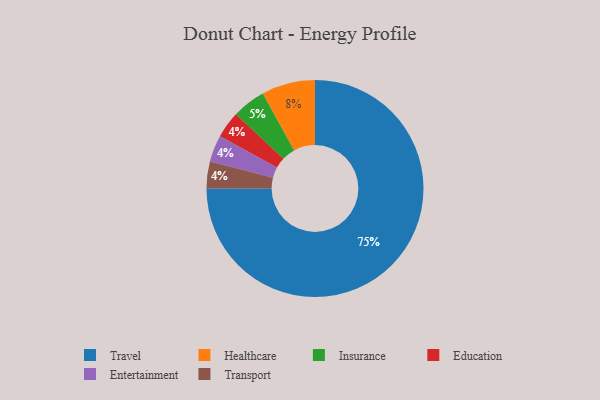
{"axis": {"x": "Category", "y": "Percentage"}, "legend": ["Education", "Entertainment", "Healthcare", "Insurance", "Transport", "Travel"], "data": [{"x": "Education", "y": 4, "type": "Education"}, {"x": "Healthcare", "y": 8, "type": "Healthcare"}, {"x": "Travel", "y": 75, "type": "Travel"}, {"x": "Entertainment", "y": 4, "type": "Entertainment"}, {"x": "Transport", "y": 4, "type": "Transport"}, {"x": "Insurance", "y": 5, "type": "Insurance"}]}